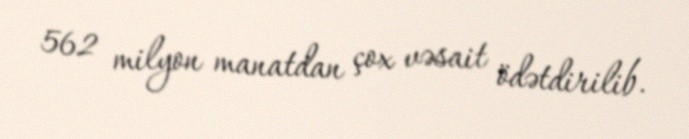
562 milyon manatdan çox vəsait ödətdirilib.